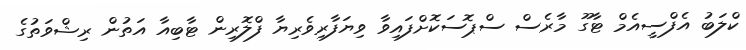
ކްލަބު އެފްސީއެމް ޓާގޫ މާރެސް ސްޕޮސަކޮށްފައިވާ ވިޔަފާރިވެރިޔާ ފްލޮރިން ޓާބިއާ އަތުން ރިޝްވަތުގެ